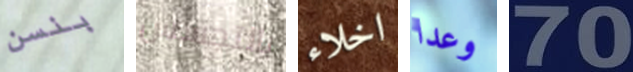
بنسن بالتجسس اخلاء وعدا 70